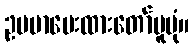
ဥပမာပေးထားတော်မူပုံ။